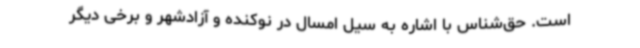
است. حق‌شناس با اشاره به سیل امسال در نوکنده و آزادشهر و برخی دیگر